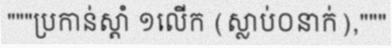
"""ប្រកាន់ស្តាំ ១លើក (ស្លាប់០នាក់),"""